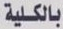
بالكلية